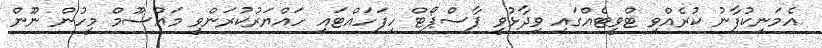
އެމަނިކުފާނު ކުރެއްވި ޓްވީޓެއްގައި ވިދާޅުވީ ޕާސްޕޯޓް ހިފަހައްޓައި ހައްޔަރުކުރަންވީ މައުސޫމް މީހުން ނޫން